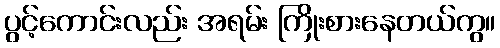
ပွင့်ကောင်းလည်း အရမ်း ကြိုးစားနေတယ်ကွ။